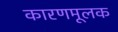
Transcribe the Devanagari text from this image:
कारणमूलक